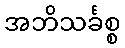
အဘိသင်္ခစ္စ